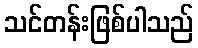
သင်တန်းဖြစ်ပါသည်